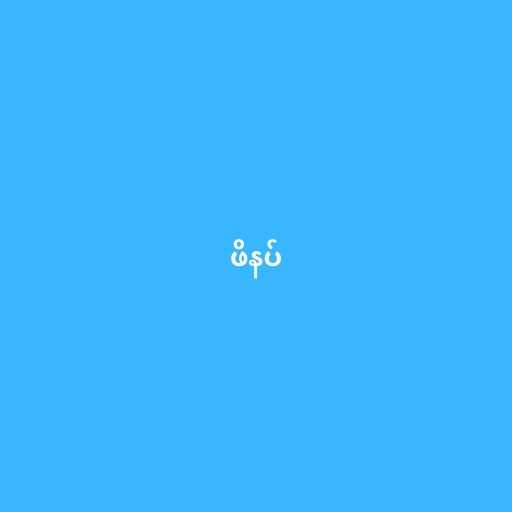
ဖိနပ်